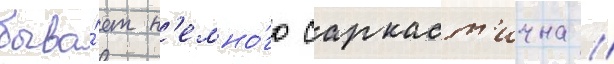
быва́ет н'емно́го саркаст'ична //